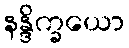
နန္ဒိက္ခယော